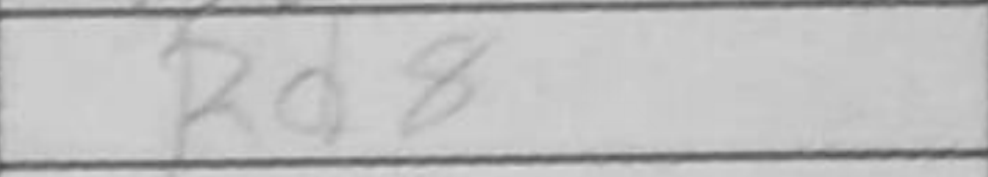
Transcription: Rd8